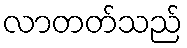
လာတတ်သည်